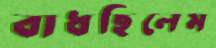
বাধছিলেম